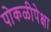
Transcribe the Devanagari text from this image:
पोकळीपेक्षा